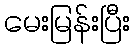
မေးမြန်းပြီး